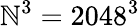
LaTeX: \mathbb{N}^{3}=2048^{3}